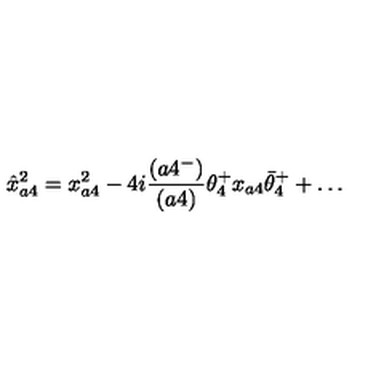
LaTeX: \hat { x } _ { a 4 } ^ { 2 } = x _ { a 4 } ^ { 2 } - 4 i { \frac { ( a 4 ^ { - } ) } { ( a 4 ) } } \theta _ { 4 } ^ { + } x _ { a 4 } \bar { \theta } _ { 4 } ^ { + } + \ldots